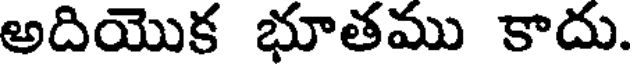
అదియొక భూతము కాదు.